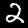
Label: 2